Leprosy in India: report of the Leprosy Commission in India, 1890-91
Year: 1890
Disease focus: Leprosy
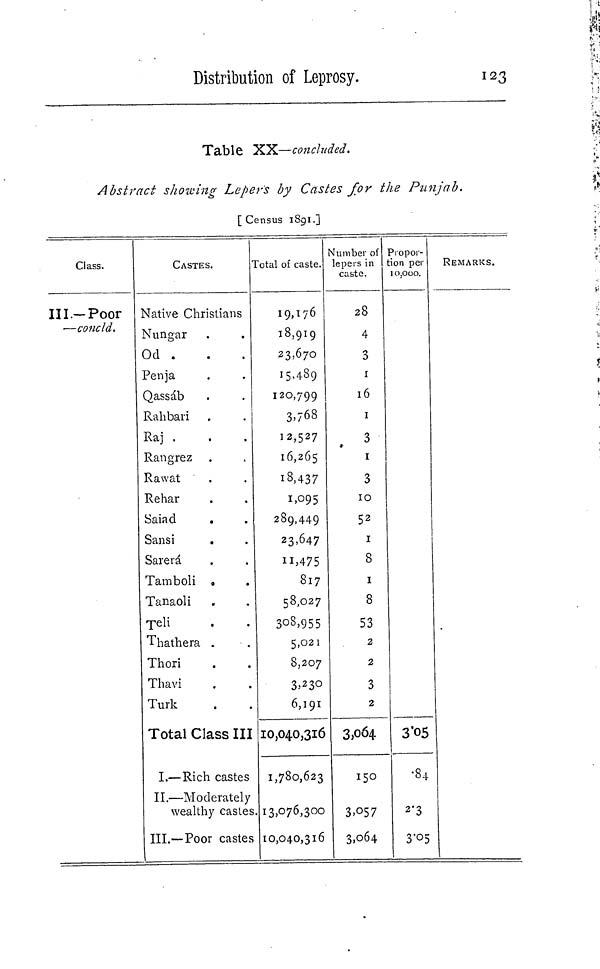
Distribution of Leprosy.
123
Table XX—concluded.
Abstract showing Lepers by Castes for the Punjab.
[ Census 1891.]
Class.
III.-Poor
—concld.
CASTES.
Native Christians
Nungar
Od .
Penja
Qassáb
Rahbari
Raj .
Rangrez
Rawat
Rehar
Saiad
Sansi
Sarerá
Tamboli
Tanaoli
Teli
Thathera
Thori
Thavi
Turk
Total Class III
I.—Rich castes
II.—Moderately
wealthy castes
III.—Poor castes
Total of caste.
19,176
18,919
23,670
15,489
120,799
3,768
12,527
16,265
18,437
1,095
289,449
23,647
11,475
817
58,027
308,955
5,021
8,207
3,230
6,191
10,040,316
1,780,623
13,076,300
10,040,316
Number of
lepers in
caste.
28
4
3
1
16
1
3
1
3
10
52
1
8
1
8
53
2
2
3
2
3,064
150
3,057
3,064
Propor-
:ion per
10,000.
3·05
•84
2·3
3·05
REMARKS.